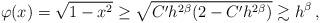
LaTeX: \begin{align*}\varphi(x) = \sqrt{1-x^2} \ge \sqrt{C'h^{2\beta}(2-C'h^{2\beta})}\gtrsim h^{\beta} \,,\end{align*}